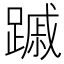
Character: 䠞